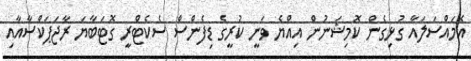
އެމައްސަލައާ ގުޅިގެން ކޮމިޝަނުން އިއްޔެ ވަނީ ކުރީގެ ޑިފެންސް ސެކެޓްރީ ގޮޓަބާޔަ ރާޖަޕަކްސާއާއި